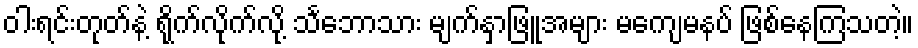
ဝါးရင်းတုတ်နဲ့ ရိုက်လိုက်လို့ သင်္ဘောသား မျက်နှာဖြူအများ မကျေမနပ် ဖြစ်နေကြသတဲ့။